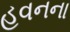
હવનના